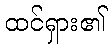
ထင်ရှား၏